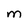
Character: M